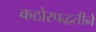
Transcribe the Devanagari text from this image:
कठोरपद्धतीने